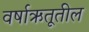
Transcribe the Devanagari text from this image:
वर्षाऋतूतील